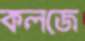
কলজে